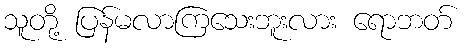
သူတို့ ပြန်မလာကြသေးဘူးလား ရောဘတ်